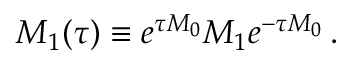
M _ { 1 } ( \tau ) \equiv e ^ { \tau M _ { 0 } } M _ { 1 } e ^ { - \tau M _ { 0 } } \, .